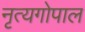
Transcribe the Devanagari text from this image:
नृत्यगोपाल